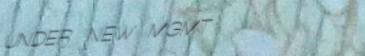
UNDER NEW MGMT